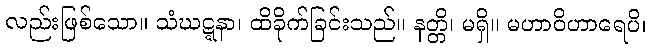
လည်းဖြစ်သော။ သံဃဋ္ဋနာ၊ ထိခိုက်ခြင်းသည်။ နတ္တိ၊ မရှိ။ မဟာဝိဟာရေပိ၊